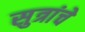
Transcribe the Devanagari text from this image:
सुत्रांचे